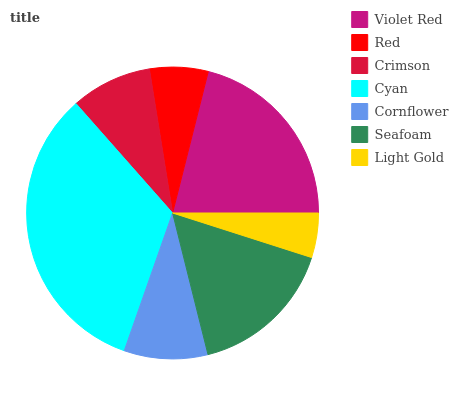
| Violet Red | Red | Crimson | Cyan | Cornflower | Seafoam | Light Gold |
 | --- | --- | --- | --- | --- | --- | --- |
 | 21% | 6.48% | 8.98% | 33.1% | 9.26% | 16.2% | 4.93% |